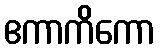
ဧကာကိကော